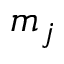
m _ { j }